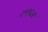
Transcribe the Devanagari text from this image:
२९९६अ